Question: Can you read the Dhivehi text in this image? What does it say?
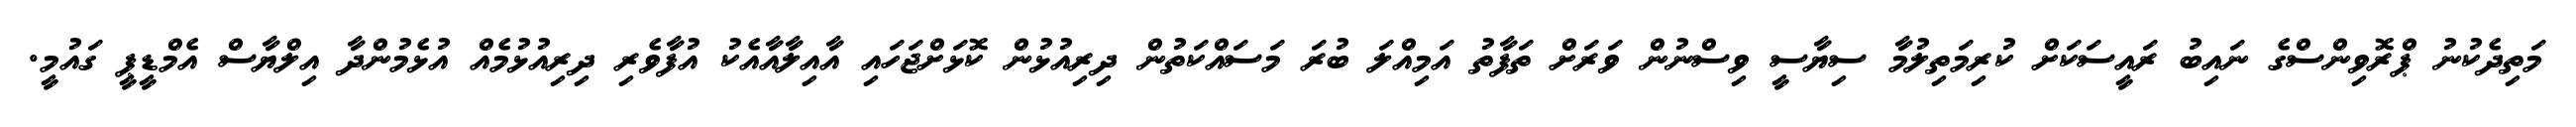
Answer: މަތިދެކުނު ޕްރޮވިންސްގެ ނައިބު ރައީސަކަށް ކުރިމަތިލުމާ ސިޔާސީ ވިސްނުން ވަރަށް ތަފާތު އަމިއްލަ ބުރަ މަސައްކަތުން ދިރިއުޅުން ކޮޅަށްޖަހައި އާއިލާއާއެކު އުފާވެރި ދިރިއުޅުމެއް އުޅެމުންދާ އިލްޔާސް އެމްޑީޕީ ގައުމީ.